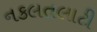
નકલતલાટી